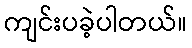
ကျင်းပခဲ့ပါတယ်။